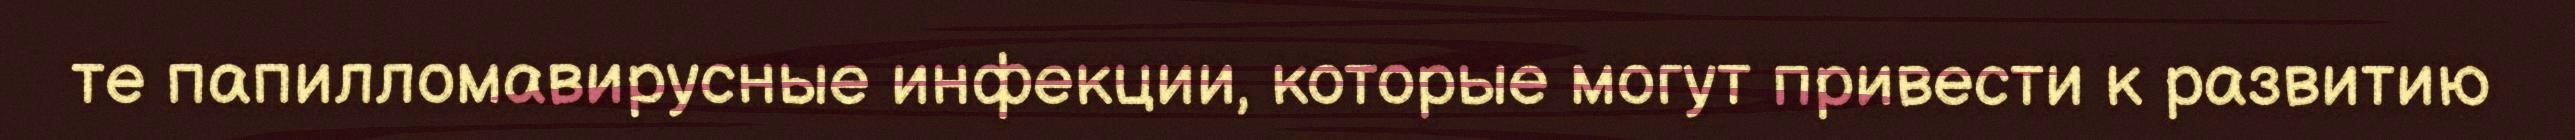
те папилломавирусные инфекции, которые могут привести к развитию